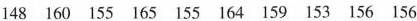
148 160 155 165 155 164 159 153 156 156